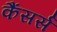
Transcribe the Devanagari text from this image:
कैंसर्स